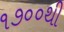
૧૭૦૦થી